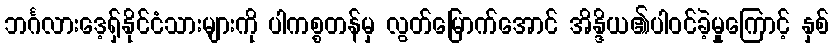
ဘင်္ဂလားဒေ့ရှ်နိုင်ငံသားများကို ပါကစ္စတန်မှ လွတ်မြောက်အောင် အိန္ဒိယ၏ပါဝင်ခဲ့မှုကြောင့် နှစ်